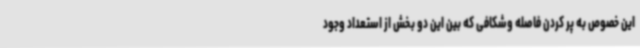
این خصوص به پر کردن فاصله وشکافی که بین این دو بخش از استعداد وجود